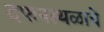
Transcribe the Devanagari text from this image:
दफनस्थळाचे